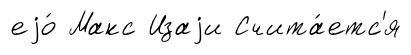
еjо́ Макс Изаjи Счита́етс'я